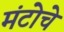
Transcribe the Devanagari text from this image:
मंटोचे